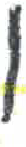
אות: ן